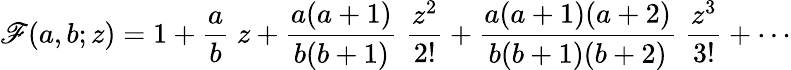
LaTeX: \mathscr{F}(a,b;z)=1+{\frac{{a}}{{b}}}\; z+{\frac{{a(a+1)}}{{b(b+1)}}}\; {\frac{{z^{2}}}{{2!}}}+{\frac{{a(a+1)(a+2)}}{{b(b+1)(b+2)}}}\; {\frac{{z^{3}}}{{3!}}}+\cdots